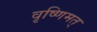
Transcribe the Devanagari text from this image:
वृष्णिमत्